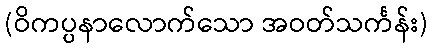
(ဝိကပ္ပနာလောက်သော အဝတ်သင်္ကန်း)